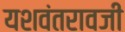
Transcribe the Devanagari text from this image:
यशवंतरावजी